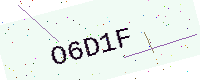
Text: O6D1F